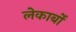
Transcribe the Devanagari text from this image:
लेकार्बों